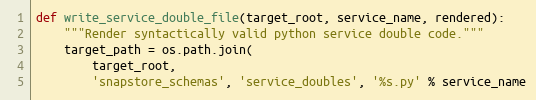
Language: Python
def write_service_double_file(target_root, service_name, rendered):
    """Render syntactically valid python service double code."""
    target_path = os.path.join(
        target_root,
        'snapstore_schemas', 'service_doubles', '%s.py' % service_name